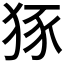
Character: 𤞱